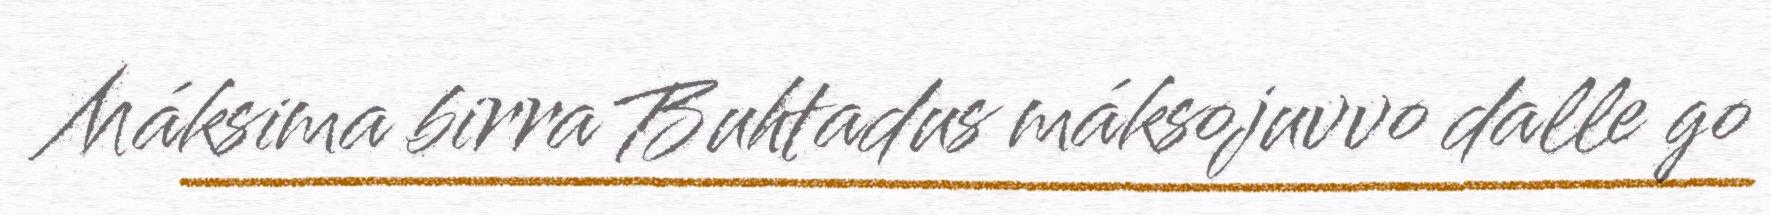
Máksima birra Buhtadus máksojuvvo dalle go